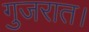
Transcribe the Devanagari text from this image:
गुजरात।